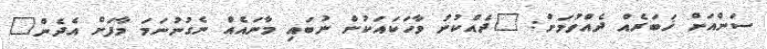
ސަންއަށް ޚަބަރެއް ދެއްވުމަށް: "ދެއްކުނު ވާހަކައަކުން ނުބައި މާނައެއް ނެގުނުނަމަ މާފަށް އެދެން"